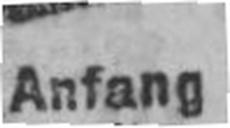
Anfang